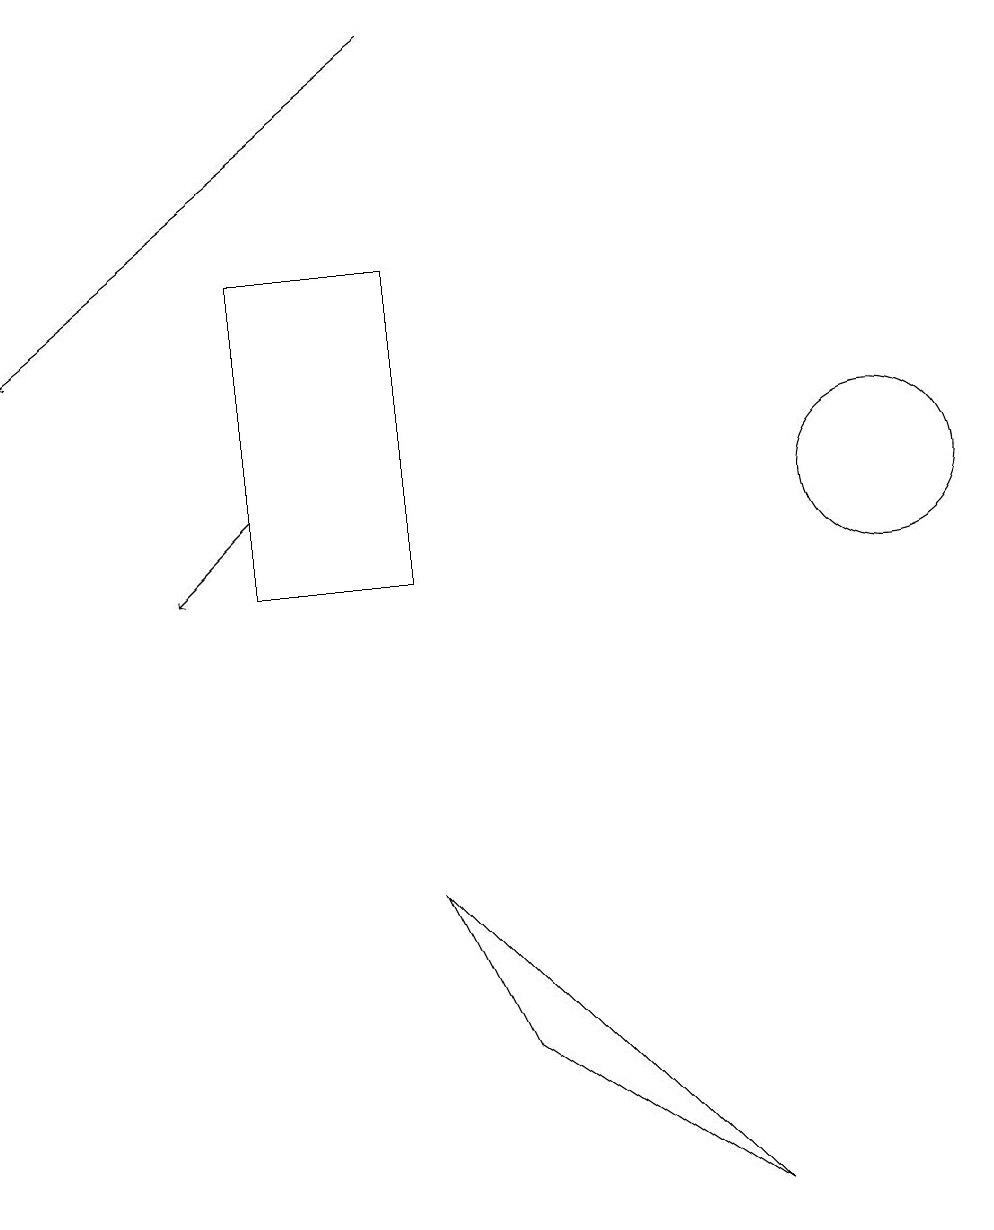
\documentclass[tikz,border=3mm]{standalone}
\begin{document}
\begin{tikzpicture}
\draw[->] (3,12) -- (2,11);
\draw (3,15) rectangle (5,11);
\draw[->] (5,18) -- (0,14);
\draw (9,3) -- (5,7) -- (6,5) -- cycle;
\draw (11,12) circle (1);
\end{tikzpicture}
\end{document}